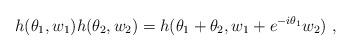
LaTeX: \begin{align*}h (\theta_1,w_1) h(\theta_2,w_2) = h (\theta_1 + \theta_2, w_1 + e^{ - i \theta_1}w_2 ) ~,\end{align*}